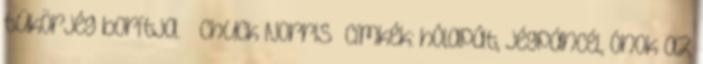
tükörjég borítja.” Chuck Norris Címkék: hólapát, jégpáncél, ónok az